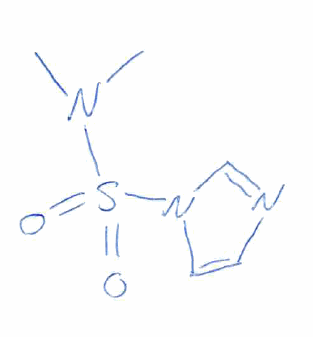
Simplified molecular-input line-entry system (SMILES) notation of the given molecule:
CN(C)S(=O)(=O)N1C=CN=C1